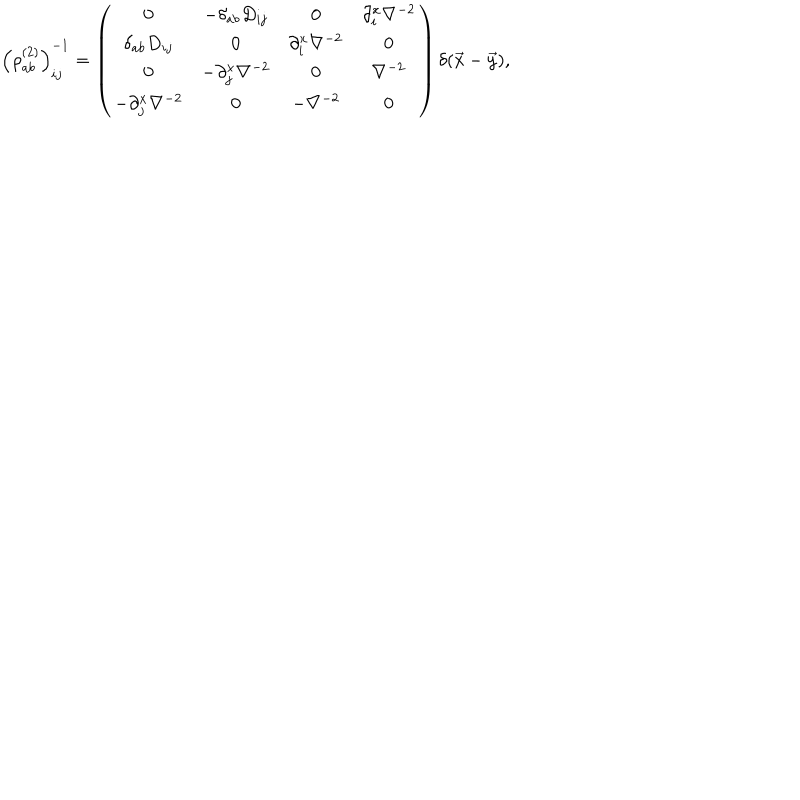
LaTeX: { \left( \rho _ { a b } ^ { ( 2 ) } \right) } _ { i j } ^ { - 1 } = \left( \begin{array} { c c c c } { { 0 } } & { { - \delta _ { a b } D _ { i j } } } & { { 0 } } & { { \partial _ { i } ^ { x } \nabla ^ { - 2 } } } \\ { { \delta _ { a b } D _ { i j } } } & { { 0 } } & { { \partial _ { i } ^ { x } \nabla ^ { - 2 } } } & { { 0 } } \\ { { 0 } } & { { - \partial _ { j } ^ { x } \nabla ^ { - 2 } } } & { { 0 } } & { { \nabla ^ { - 2 } } } \\ { { - \partial _ { j } ^ { x } \nabla ^ { - 2 } } } & { { 0 } } & { { - \nabla ^ { - 2 } } } & { { 0 } } \\ \end{array} \right) \delta ( \vec { x } - \vec { y } ) ,